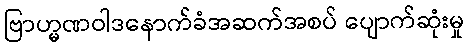
ဗြာဟ္မဏဝါဒနောက်ခံအဆက်အစပ် ပျောက်ဆုံးမှု